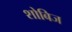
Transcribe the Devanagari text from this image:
शोबिज